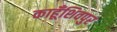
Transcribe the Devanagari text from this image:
काहूँशिवपुर